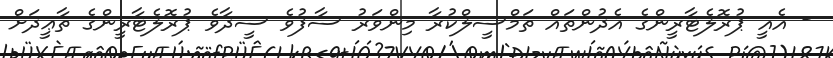
- އެއީ ޕުރޮލެޓާރީންގެ އެދުންތައް ތަމްސީލްކުރާ މިންވަރު ސާފުވެ ސީދާވެ ޕުރޮލެޓާރީންގެ ތާޢީދަށް